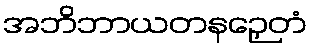
အဘိဘာယတနဉှေတံ